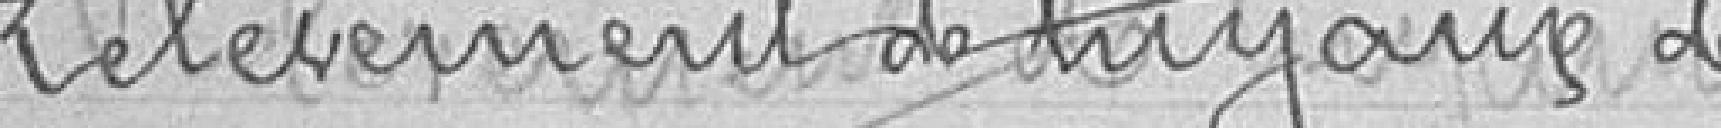
Relèvement de tuyaux de